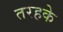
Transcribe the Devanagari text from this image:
तरहके